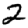
Digit: 2